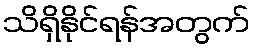
သိရှိနိုင်ရန်အတွက်